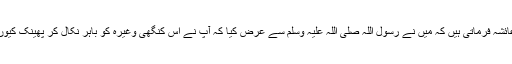
حضرت عائشہؓ فرماتی ہیں کہ مَیں نے رسول اللہ صلی اللہ علیہ وسلم سے عرض کیا کہ آپؐ نے اس کنگھی وغیرہ کو باہر نکال کر پھینک کیوں نہیں دیا؟